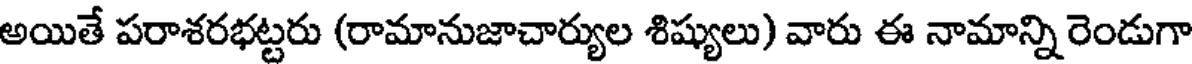
అయితే పరాశరభట్టరు (రామానుజాచార్యుల శిష్యులు) వారు ఈ నామాన్ని రెండుగా